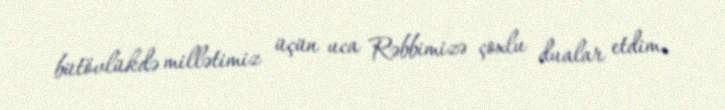
bütövlükdə millətimiz üçün uca Rəbbimizə çoxlu dualar etdim.